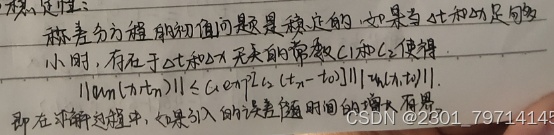
稳定性：称差分方程的初值问题是稳定的，如果当$\Delta t$和$\Delta x$足够变小时，存在与$\Delta t$和$\Delta x$无关的常数$C_1$和$C_2$使得：
\[
\left\lVert u(t_n)\right\rVert\leq C_1\exp\left[C_2\left(t_n - t_0\right)\right]\left\lVert u(t_0)\right\rVert.
\]
即在求解过程中，如果引入的误差随时间的CSIDN有界。